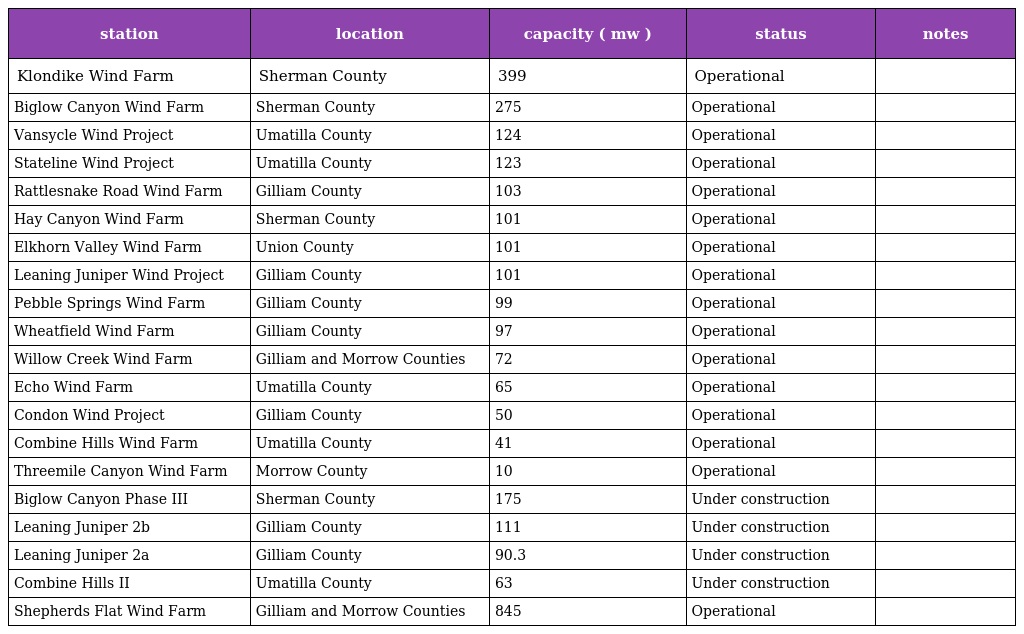
| station | location | capacity ( mw ) | status | notes |
 | --- | --- | --- | --- | --- |
 | Klondike Wind Farm | Sherman County | 399 | Operational |  |
 | Biglow Canyon Wind Farm | Sherman County | 275 | Operational |  |
 | Vansycle Wind Project | Umatilla County | 124 | Operational |  |
 | Stateline Wind Project | Umatilla County | 123 | Operational |  |
 | Rattlesnake Road Wind Farm | Gilliam County | 103 | Operational |  |
 | Hay Canyon Wind Farm | Sherman County | 101 | Operational |  |
 | Elkhorn Valley Wind Farm | Union County | 101 | Operational |  |
 | Leaning Juniper Wind Project | Gilliam County | 101 | Operational |  |
 | Pebble Springs Wind Farm | Gilliam County | 99 | Operational |  |
 | Wheatfield Wind Farm | Gilliam County | 97 | Operational |  |
 | Willow Creek Wind Farm | Gilliam and Morrow Counties | 72 | Operational |  |
 | Echo Wind Farm | Umatilla County | 65 | Operational |  |
 | Condon Wind Project | Gilliam County | 50 | Operational |  |
 | Combine Hills Wind Farm | Umatilla County | 41 | Operational |  |
 | Threemile Canyon Wind Farm | Morrow County | 10 | Operational |  |
 | Biglow Canyon Phase III | Sherman County | 175 | Under construction |  |
 | Leaning Juniper 2b | Gilliam County | 111 | Under construction |  |
 | Leaning Juniper 2a | Gilliam County | 90.3 | Under construction |  |
 | Combine Hills II | Umatilla County | 63 | Under construction |  |
 | Shepherds Flat Wind Farm | Gilliam and Morrow Counties | 845 | Operational |  |